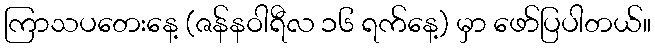
ကြာသပတေးနေ့ (ဇန်နဝါရီလ ၁၆ ရက်နေ့) မှာ ဖော်ပြပါတယ်။